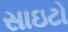
સાઇટો